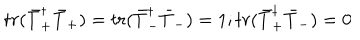
t r ( \bar { T } _ { + } ^ { \dagger } \bar { T } _ { + } ) = t r ( \bar { T } _ { - } ^ { \dagger } \bar { T } _ { - } ) = 1 ; t r ( \bar { T } _ { + } ^ { \dagger } \bar { T } _ { - } ) = 0